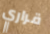
قراري